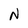
Character: N